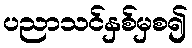
ပညာသင်နှစ်မှစ၍